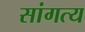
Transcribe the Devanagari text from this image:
सांगत्य